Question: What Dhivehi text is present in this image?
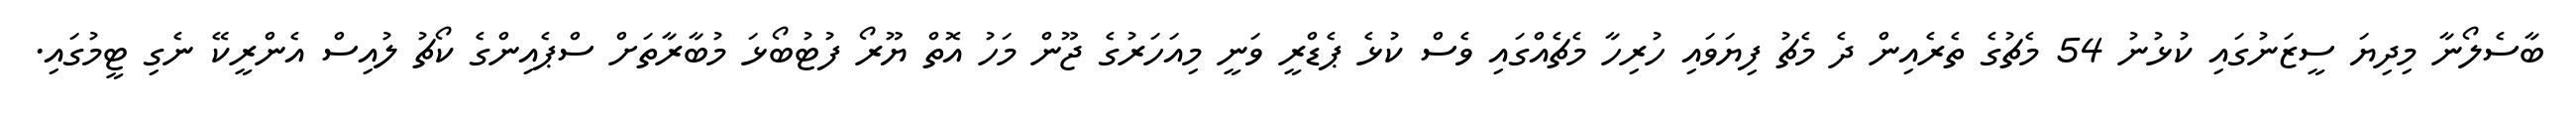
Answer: ބާސެލޯނާ މިދިޔަ ސީޒަނުގައި ކުޅުނު 54 މެޗުގެ ތެރެއިން ދެ މެޗު ފިޔަވައި ހުރިހާ މެޗެއްގައި ވެސް ކުޅެ ޕެޑްރީ ވަނީ މިއަހަރުގެ ޖޫން މަހު އޮތް ޔޫރޯ ފުޓުބޯޅަ މުބާރާތަށް ސްޕެއިންގެ ކޯޗު ލުއިސް އެންރީކޭ ނެގި ޓީމުގައި.